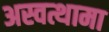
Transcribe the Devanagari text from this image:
अस्वत्थामा